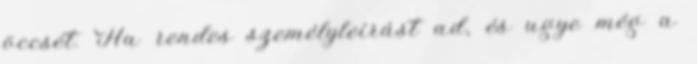
öccsét. Ha rendes személyleírást ad, és ugye még a